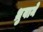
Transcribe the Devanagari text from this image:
ध्रुवाने